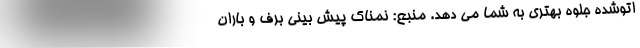
اتوشده جلوه بهتری به شما می دهد. منبع: نمناک پیش بینی برف و باران